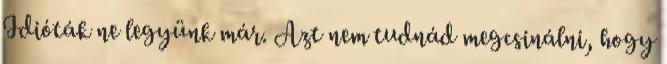
Idióták ne legyünk már. Azt nem tudnád megcsinálni, hogy